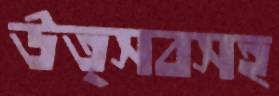
উত্সবসহ